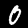
Label: 0